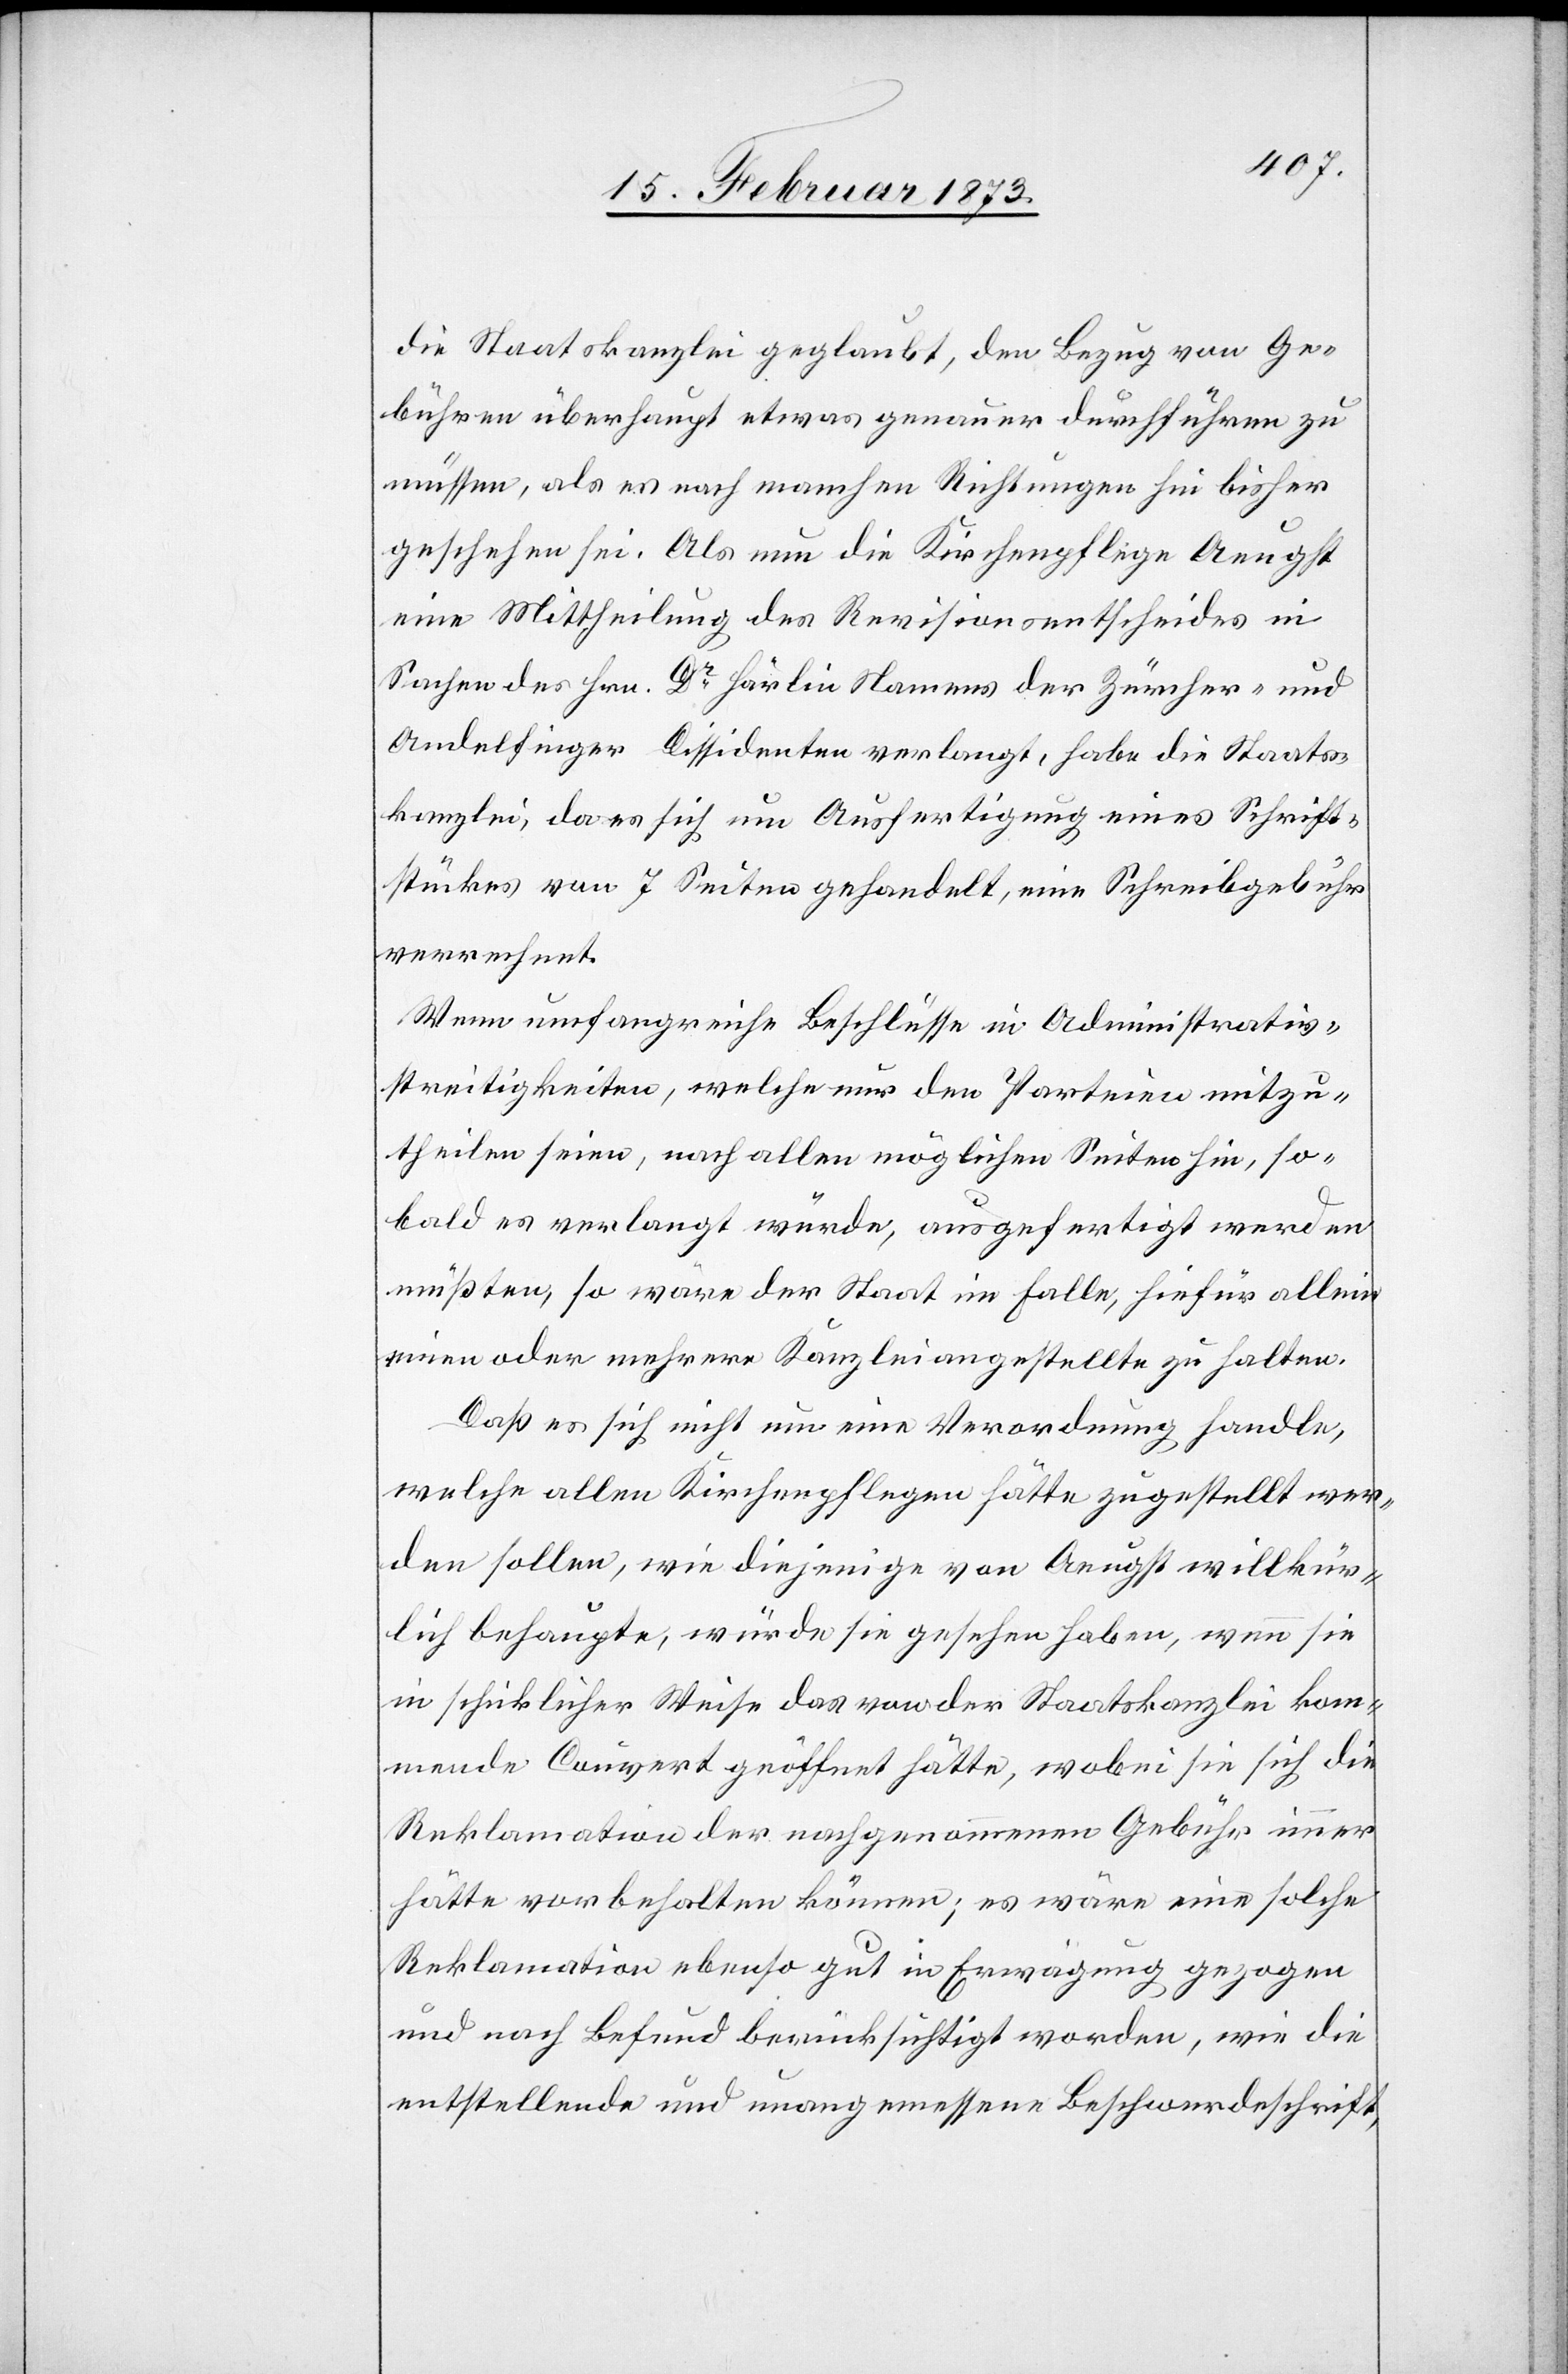
die Staatskanzlei geglaubt, den Bezug von Ge¬
bühren überhaupt etwas genauer durchführen zu
müssen, als es nach manchen Richtungen hin bisher
geschehen sei. Als nun die Kirchenpflege Aeugst
eine Mittheilung des Revisionsentscheides in
Sachen des Hrn. Dr Härlin Namens der Zürcher- und
Andelfinger Dissidenten verlangt, habe die Staats¬
kanzlei, da es sich um Ausfertigung eines Schrift¬
stückes von 7 Seiten gehandelt, eine Schreibgebühr
verrechnet.
Wenn umfangreiche Beschlüsse in Administrativ¬
streitigkeiten, welche nur den Parteien mitzu¬
theilen seien, nach allen möglichen Seiten hin, so¬
bald es verlangt würde, ausgefertigt werden
müßten, so wäre der Staat im Falle, hiefür allein
einen oder mehrere Kanzleiangestellte zu halten.
Daß es sich nicht um eine Verordnung handle,
welche allen Kirchenpflegen hätte zugestellt wer¬
den sollen, wie diejenige von Aeugst willkür¬
lich behaupte, würde sie gesehen haben, wenn sie
in schicklicher Weise das von der Staatskanzlei kom¬
mende Couvert geöffnet hätte, wobei sie sich die
Reklamation der nachgenommenen Gebühr immer
hätte vorbehalten können; es wäre eine solche
Reklamation ebenso gut in Erwägung gezogen
und nach Befund berücksichtigt worden, wie die
entstellende und unangemessene Beschwerdeschrift,